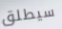
سيطلق